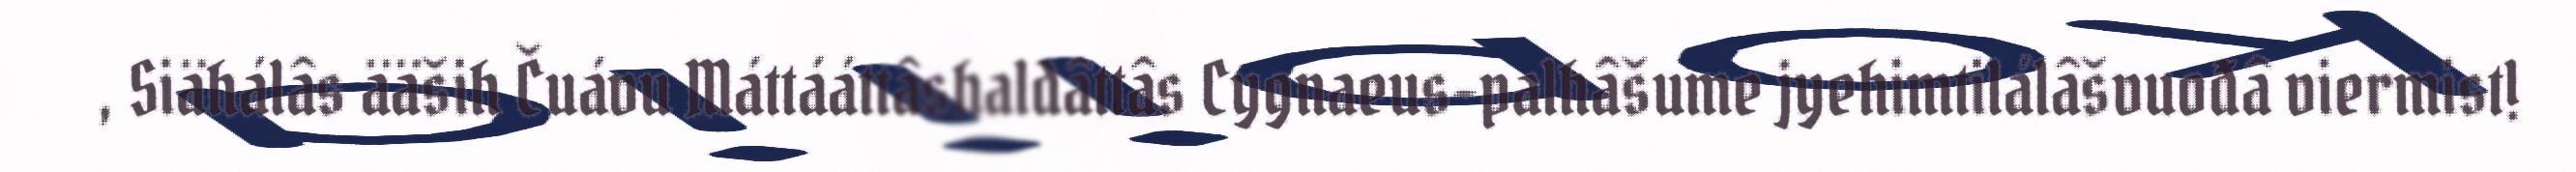
, Siähálâs ääših Čuávu Máttááttâshaldâttâs Cygnaeus-palhâšume jyehimtilálâšvuođâ viermist!